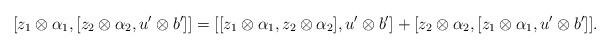
LaTeX: \begin{align*}[z_{1}\otimes\alpha_{1},[z_{2}\otimes\alpha_{2},u'\otimes b']]=[[z_{1}\otimes\alpha_{1},z_{2}\otimes\alpha_{2}],u'\otimes b']+[z_{2}\otimes\alpha_{2},[z_{1}\otimes\alpha_{1},u'\otimes b']].\end{align*}